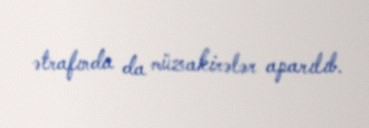
ətrafında da müzakirələr aparılıb.